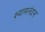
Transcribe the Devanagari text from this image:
श्यामनंदन